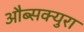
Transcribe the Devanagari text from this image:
औब्सक्युरा